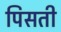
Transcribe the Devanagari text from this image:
पिसती